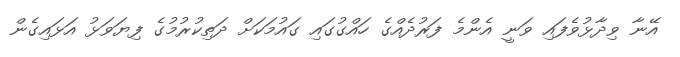
އޭނާ ވިދާޅުވެފައި ވަނީ އެންމެ ފަރުދެއްގެ ހައްގުގައި ގައުމަކަށް ދަތިކުރުމުގެ ފިޔަވަޅު އަޅައިގެން